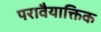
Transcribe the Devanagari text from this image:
परावैयाक्तिक